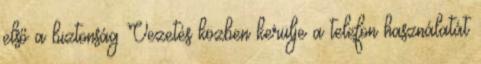
első a biztonság Vezetés közben kerülje a telefon használatát